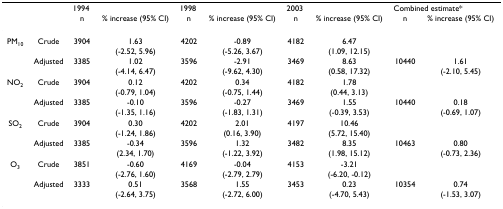
<table><thead><tr><td></td><td></td><td colspan="2"><b>1994</b></td><td colspan="2"><b>1998</b></td><td colspan="2"><b>2003</b></td><td colspan="2"><b>Combined estimate*</b></td></tr><tr><td></td><td></td><td><b>n</b></td><td><b>% increase (95% CI)</b></td><td><b>n</b></td><td><b>% increase (95% CI)</b></td><td><b>n</b></td><td><b>% increase (95% CI)</b></td><td><b>n</b></td><td><b>% increase (95% CI)</b></td></tr></thead><tbody><tr><td>PM<sub>10</sub></td><td>Crude</td><td>3904</td><td>1.63</td><td>4202</td><td>-0.89</td><td>4182</td><td>6.47</td><td></td><td></td></tr><tr><td></td><td></td><td></td><td>(-2.52, 5.96)</td><td></td><td>(-5.26, 3.67)</td><td></td><td>(1.09, 12.15)</td><td></td><td></td></tr><tr><td></td><td>Adjusted</td><td>3385</td><td>1.02</td><td>3596</td><td>-2.91</td><td>3469</td><td>8.63</td><td>10440</td><td>1.61</td></tr><tr><td></td><td></td><td></td><td>(-4.14, 6.47)</td><td></td><td>(-9.62, 4.30)</td><td></td><td>(0.58, 17.32)</td><td></td><td>(-2.10, 5.45)</td></tr><tr><td>NO<sub>2</sub></td><td>Crude</td><td>3904</td><td>0.12</td><td>4202</td><td>0.34</td><td>4182</td><td>1.78</td><td></td><td></td></tr><tr><td></td><td></td><td></td><td>(-0.79, 1.04)</td><td></td><td>(-0.75, 1.44)</td><td></td><td>(0.44, 3.13)</td><td></td><td></td></tr><tr><td></td><td>Adjusted</td><td>3385</td><td>-0.10</td><td>3596</td><td>-0.27</td><td>3469</td><td>1.55</td><td>10440</td><td>0.18</td></tr><tr><td></td><td></td><td></td><td>(-1.35, 1.16)</td><td></td><td>(-1.83, 1.31)</td><td></td><td>(-0.39, 3.53)</td><td></td><td>(-0.69, 1.07)</td></tr><tr><td>SO<sub>2</sub></td><td>Crude</td><td>3904</td><td>0.30</td><td>4202</td><td>2.01</td><td>4197</td><td>10.46</td><td></td><td></td></tr><tr><td></td><td></td><td></td><td>(-1.24, 1.86)</td><td></td><td>(0.16, 3.90)</td><td></td><td>(5.72, 15.40)</td><td></td><td></td></tr><tr><td></td><td>Adjusted</td><td>3385</td><td>-0.34</td><td>3596</td><td>1.32</td><td>3482</td><td>8.35</td><td>10463</td><td>0.80</td></tr><tr><td></td><td></td><td></td><td>(2.34, 1.70)</td><td></td><td>(-1.22, 3.92)</td><td></td><td>(1.98, 15.12)</td><td></td><td>(-0.73, 2.36)</td></tr><tr><td>O<sub>3</sub></td><td>Crude</td><td>3851</td><td>-0.60</td><td>4169</td><td>-0.04</td><td>4153</td><td>-3.21</td><td></td><td></td></tr><tr><td></td><td></td><td></td><td>(-2.76, 1.60)</td><td></td><td>(-2.79, 2.79)</td><td></td><td>(-6.20, -0.12)</td><td></td><td></td></tr><tr><td></td><td>Adjusted</td><td>3333</td><td>0.51</td><td>3568</td><td>1.55</td><td>3453</td><td>0.23</td><td>10354</td><td>0.74</td></tr><tr><td></td><td></td><td></td><td>(-2.64, 3.75)</td><td></td><td>(-2.72, 6.00)</td><td></td><td>(-4.70, 5.43)</td><td></td><td>(-1.53, 3.07)</td></tr></tbody></table>